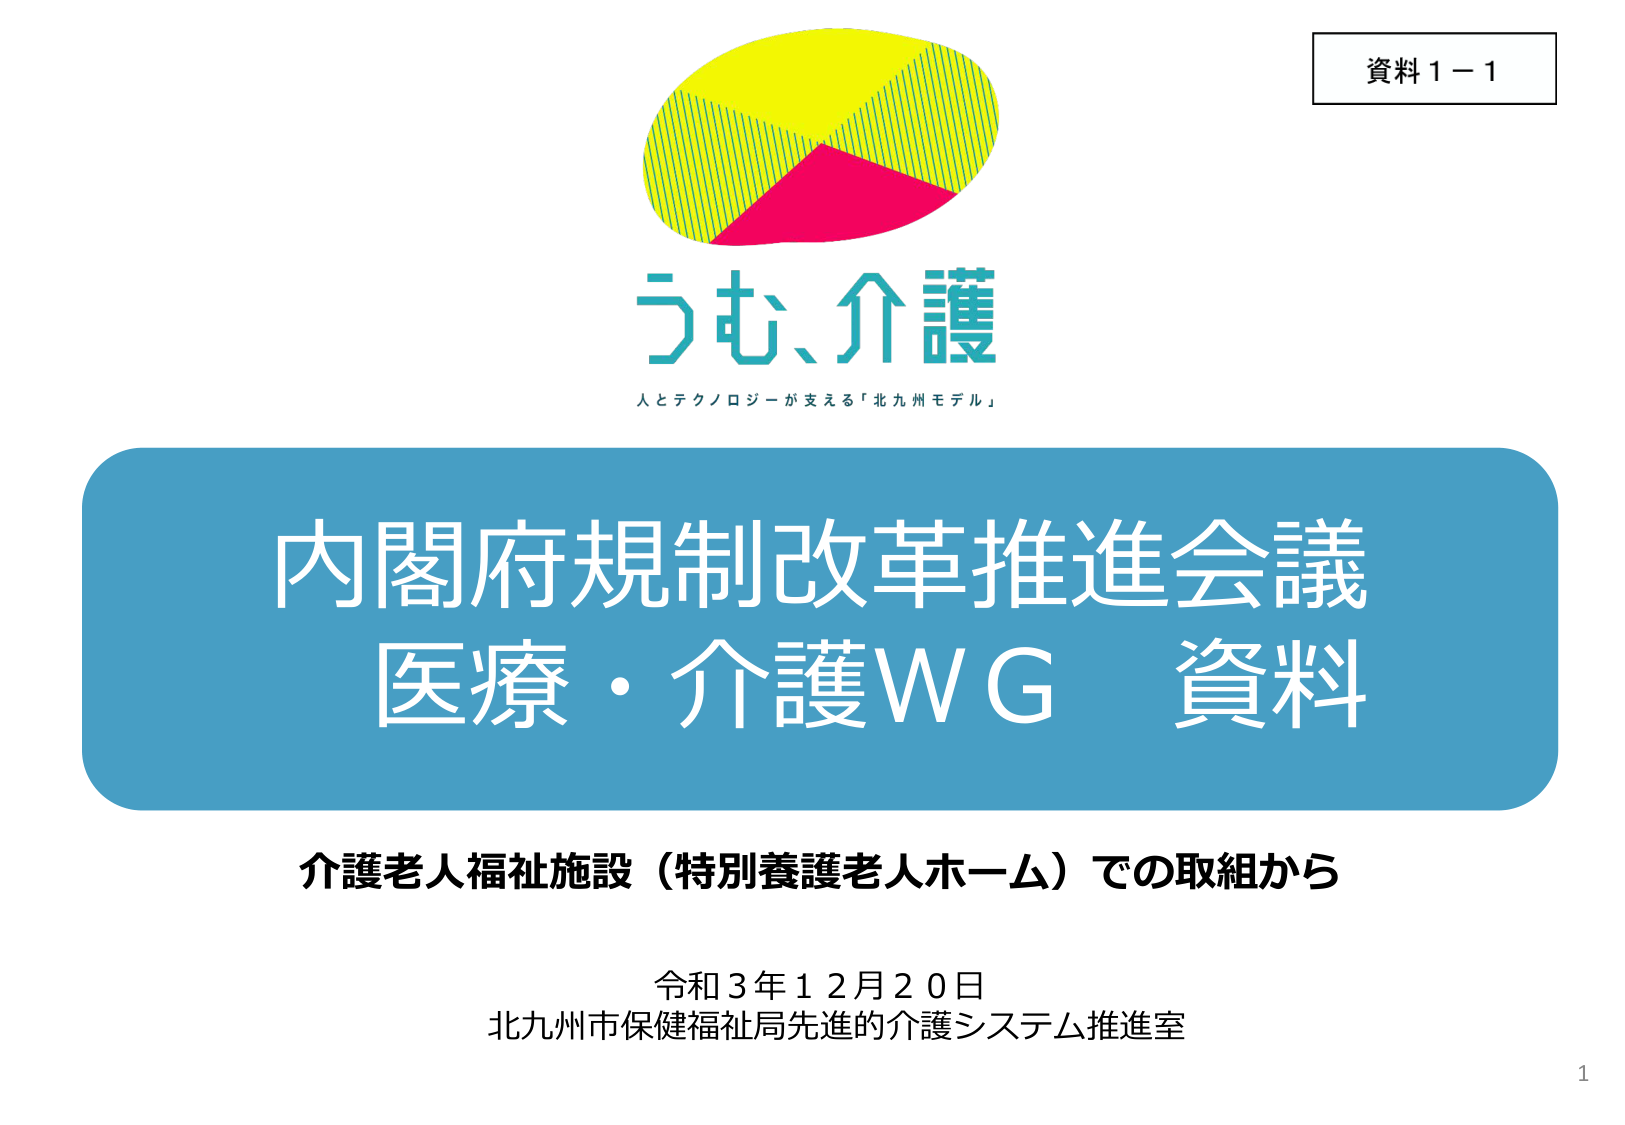
資料１－１

うむ、介護
人とテクノロジーが支える「北九州モデル」

内閣府規制改革推進会議
医療・介護WG 資料

介護老人福祉施設（特別養護老人ホーム）での取組から

令和３年１２月２０日
北九州市保健福祉局先進的介護システム推進室

1